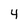
Character: 4